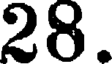
28.